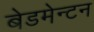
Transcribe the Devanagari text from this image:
बेडमेन्टन